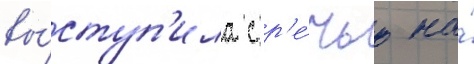
вы́ступ'ила с р'е́чью на́